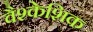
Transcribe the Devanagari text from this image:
वैश्केशिक